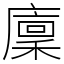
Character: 廩